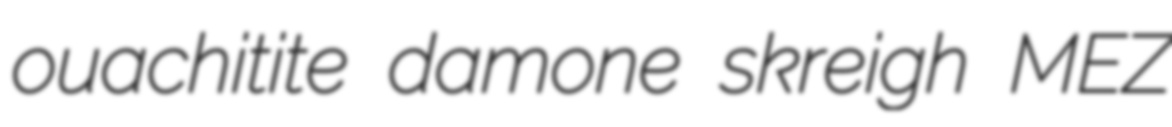
ouachitite damone skreigh MEZ